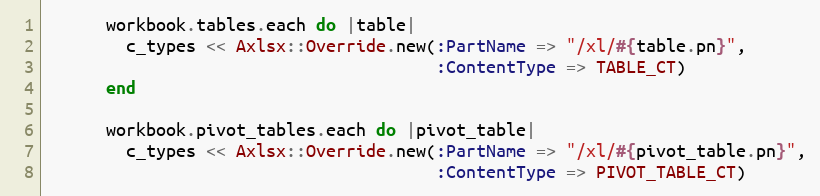
Language: Ruby
      workbook.tables.each do |table|
        c_types << Axlsx::Override.new(:PartName => "/xl/#{table.pn}",
                                       :ContentType => TABLE_CT)
      end

      workbook.pivot_tables.each do |pivot_table|
        c_types << Axlsx::Override.new(:PartName => "/xl/#{pivot_table.pn}",
                                       :ContentType => PIVOT_TABLE_CT)